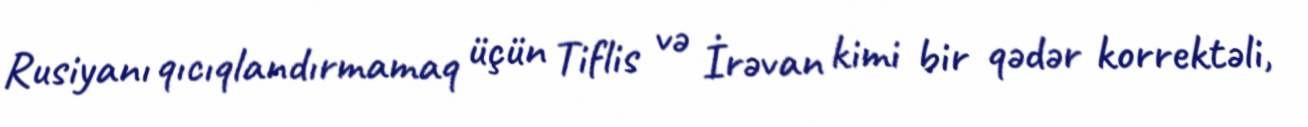
Rusiyanı qıcıqlandırmamaq üçün Tiflis və İrəvan kimi bir qədər korrektəli,